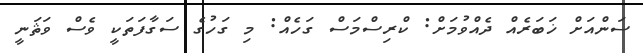
ސަންއަށް ޚަބަރެއް ދެއްވުމަށް: ކްރިސްމަސް ގަހެއް: މި ގަހުގެ ސަގާފަތަކީ ވެސް ވަޘަނީ